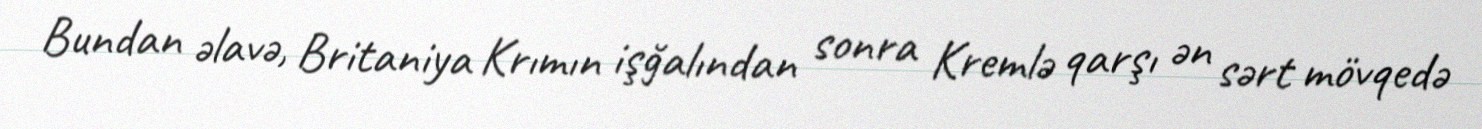
Bundan əlavə, Britaniya Krımın işğalından sonra Kremlə qarşı ən sərt mövqedə